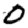
Digit: 0